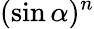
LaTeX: (\sin\alpha)^{n}